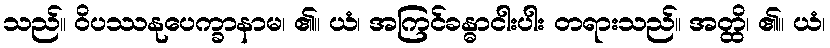
သည်။ ဝိပဿနုပေက္ခာနာမ၊ ၏။ ယံ၊ အကြင်ခန္ဓာငါးပါး တရားသည်။ အတ္ထိ၊ ၏။ ယံ၊